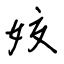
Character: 姣